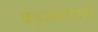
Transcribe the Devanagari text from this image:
बहुअवयवता